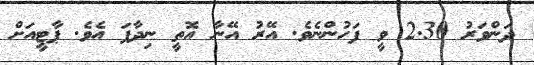
ދަންވަރު 2.30 ވީ ފަހުންނެވެ. އޭރު އޭނާ އޮތީ ނިދާފަ އެވެ. ޕާޓީއަށް